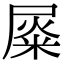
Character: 𡲴